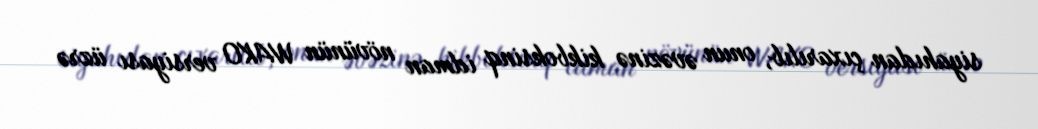
siyahıdan çıxarılıb, onun əvəzinə kikboksinq idman növünün WAKO versiyası üzrə